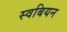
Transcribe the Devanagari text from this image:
स्वबियन